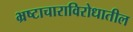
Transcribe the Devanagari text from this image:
भ्रष्टाचाराविरोधातील